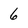
Character: 6